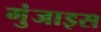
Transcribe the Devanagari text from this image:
गुंजाइस